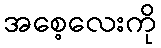
အစေ့လေးကို